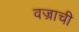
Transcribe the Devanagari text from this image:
वज्राची